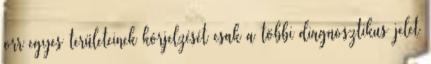
orr egyes területeinek kórjelzését csak a többi diagnosztikus jelet